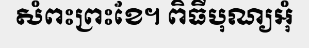
សំពះព្រះខែ។ ពិធីបុណ្យអុំ